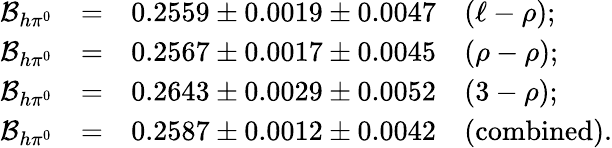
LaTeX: \begin{array}{rcl}{{{\cal B}_{h\pi^{0}}}}&{{=}}&{{0.2559\pm 0.0019\pm 0.0047\quad(\ell-\rho);}}\\ {{{\cal B}_{h\pi^{0}}}}&{{=}}&{{0.2567\pm 0.0017\pm 0.0045\quad(\rho-\rho);}}\\ {{{\cal B}_{h\pi^{0}}}}&{{=}}&{{0.2643\pm 0.0029\pm 0.0052\quad(3-\rho);}}\\ {{{\cal B}_{h\pi^{0}}}}&{{=}}&{{0.2587\pm 0.0012\pm 0.0042\quad(\mathrm{combined}).}}\end{array}